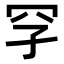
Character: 𪞐